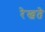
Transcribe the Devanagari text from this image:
रेखते